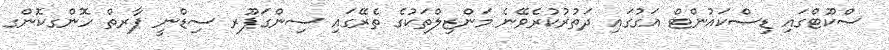
ސްކޫޓްގައި ޑިސްކައުންޓް އަގުގައި ދަތުރުކުރެވޭނެ މަންޒިލްތަކުގެ ތެރޭގައި ސިންގަޕޫރ ސިޑްނީ ޕާރތް ހޮންގކޮންގ